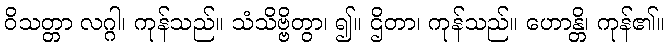
ဝိသတ္တာ လဂ္ဂါ၊ ကုန်သည်။ သံသိဗ္ဗိတွာ၊ ၍။ ဌိတာ၊ ကုန်သည်။ ဟောန္တိ၊ ကုန်၏။